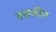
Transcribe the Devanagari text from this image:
तस़कील